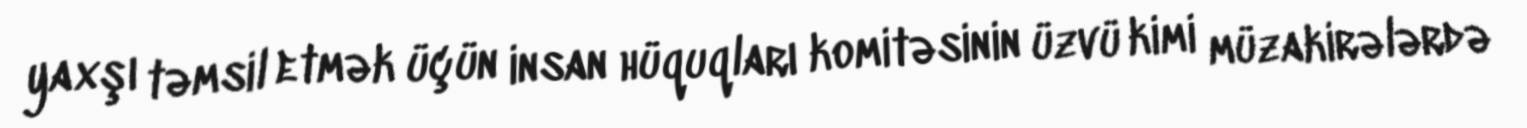
yaxşı təmsil etmək üçün insan hüquqları komitəsinin üzvü kimi müzakirələrdə